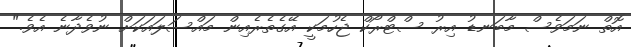
އޮތް ނަމަވެސް މާބަނޑު އިރު ސްޓްރޯކް ޖެހުމަކީ އޭގެތެރެއިން މައްސަލައަކަށް ނުވެދާނެ އެވެ."